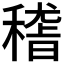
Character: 𥡴